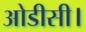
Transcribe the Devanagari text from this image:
ओडीसी।